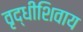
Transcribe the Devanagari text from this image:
वृद्धीशिवाय